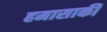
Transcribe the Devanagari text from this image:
हमासाकी